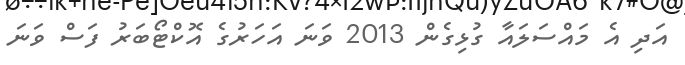
އަދި އެ މައްސަލައާ ގުޅިގެން 2013 ވަނަ އަހަރުގެ އޮކްޓޯބަރު ފަސް ވަނަ